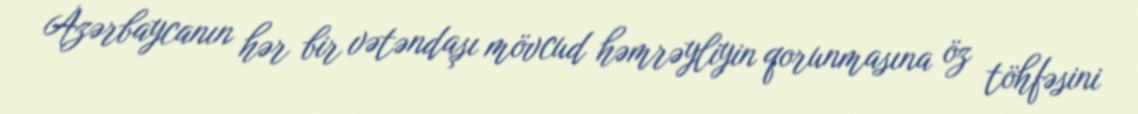
Azərbaycanın hər bir vətəndaşı mövcud həmrəyliyin qorunmasına öz töhfəsini